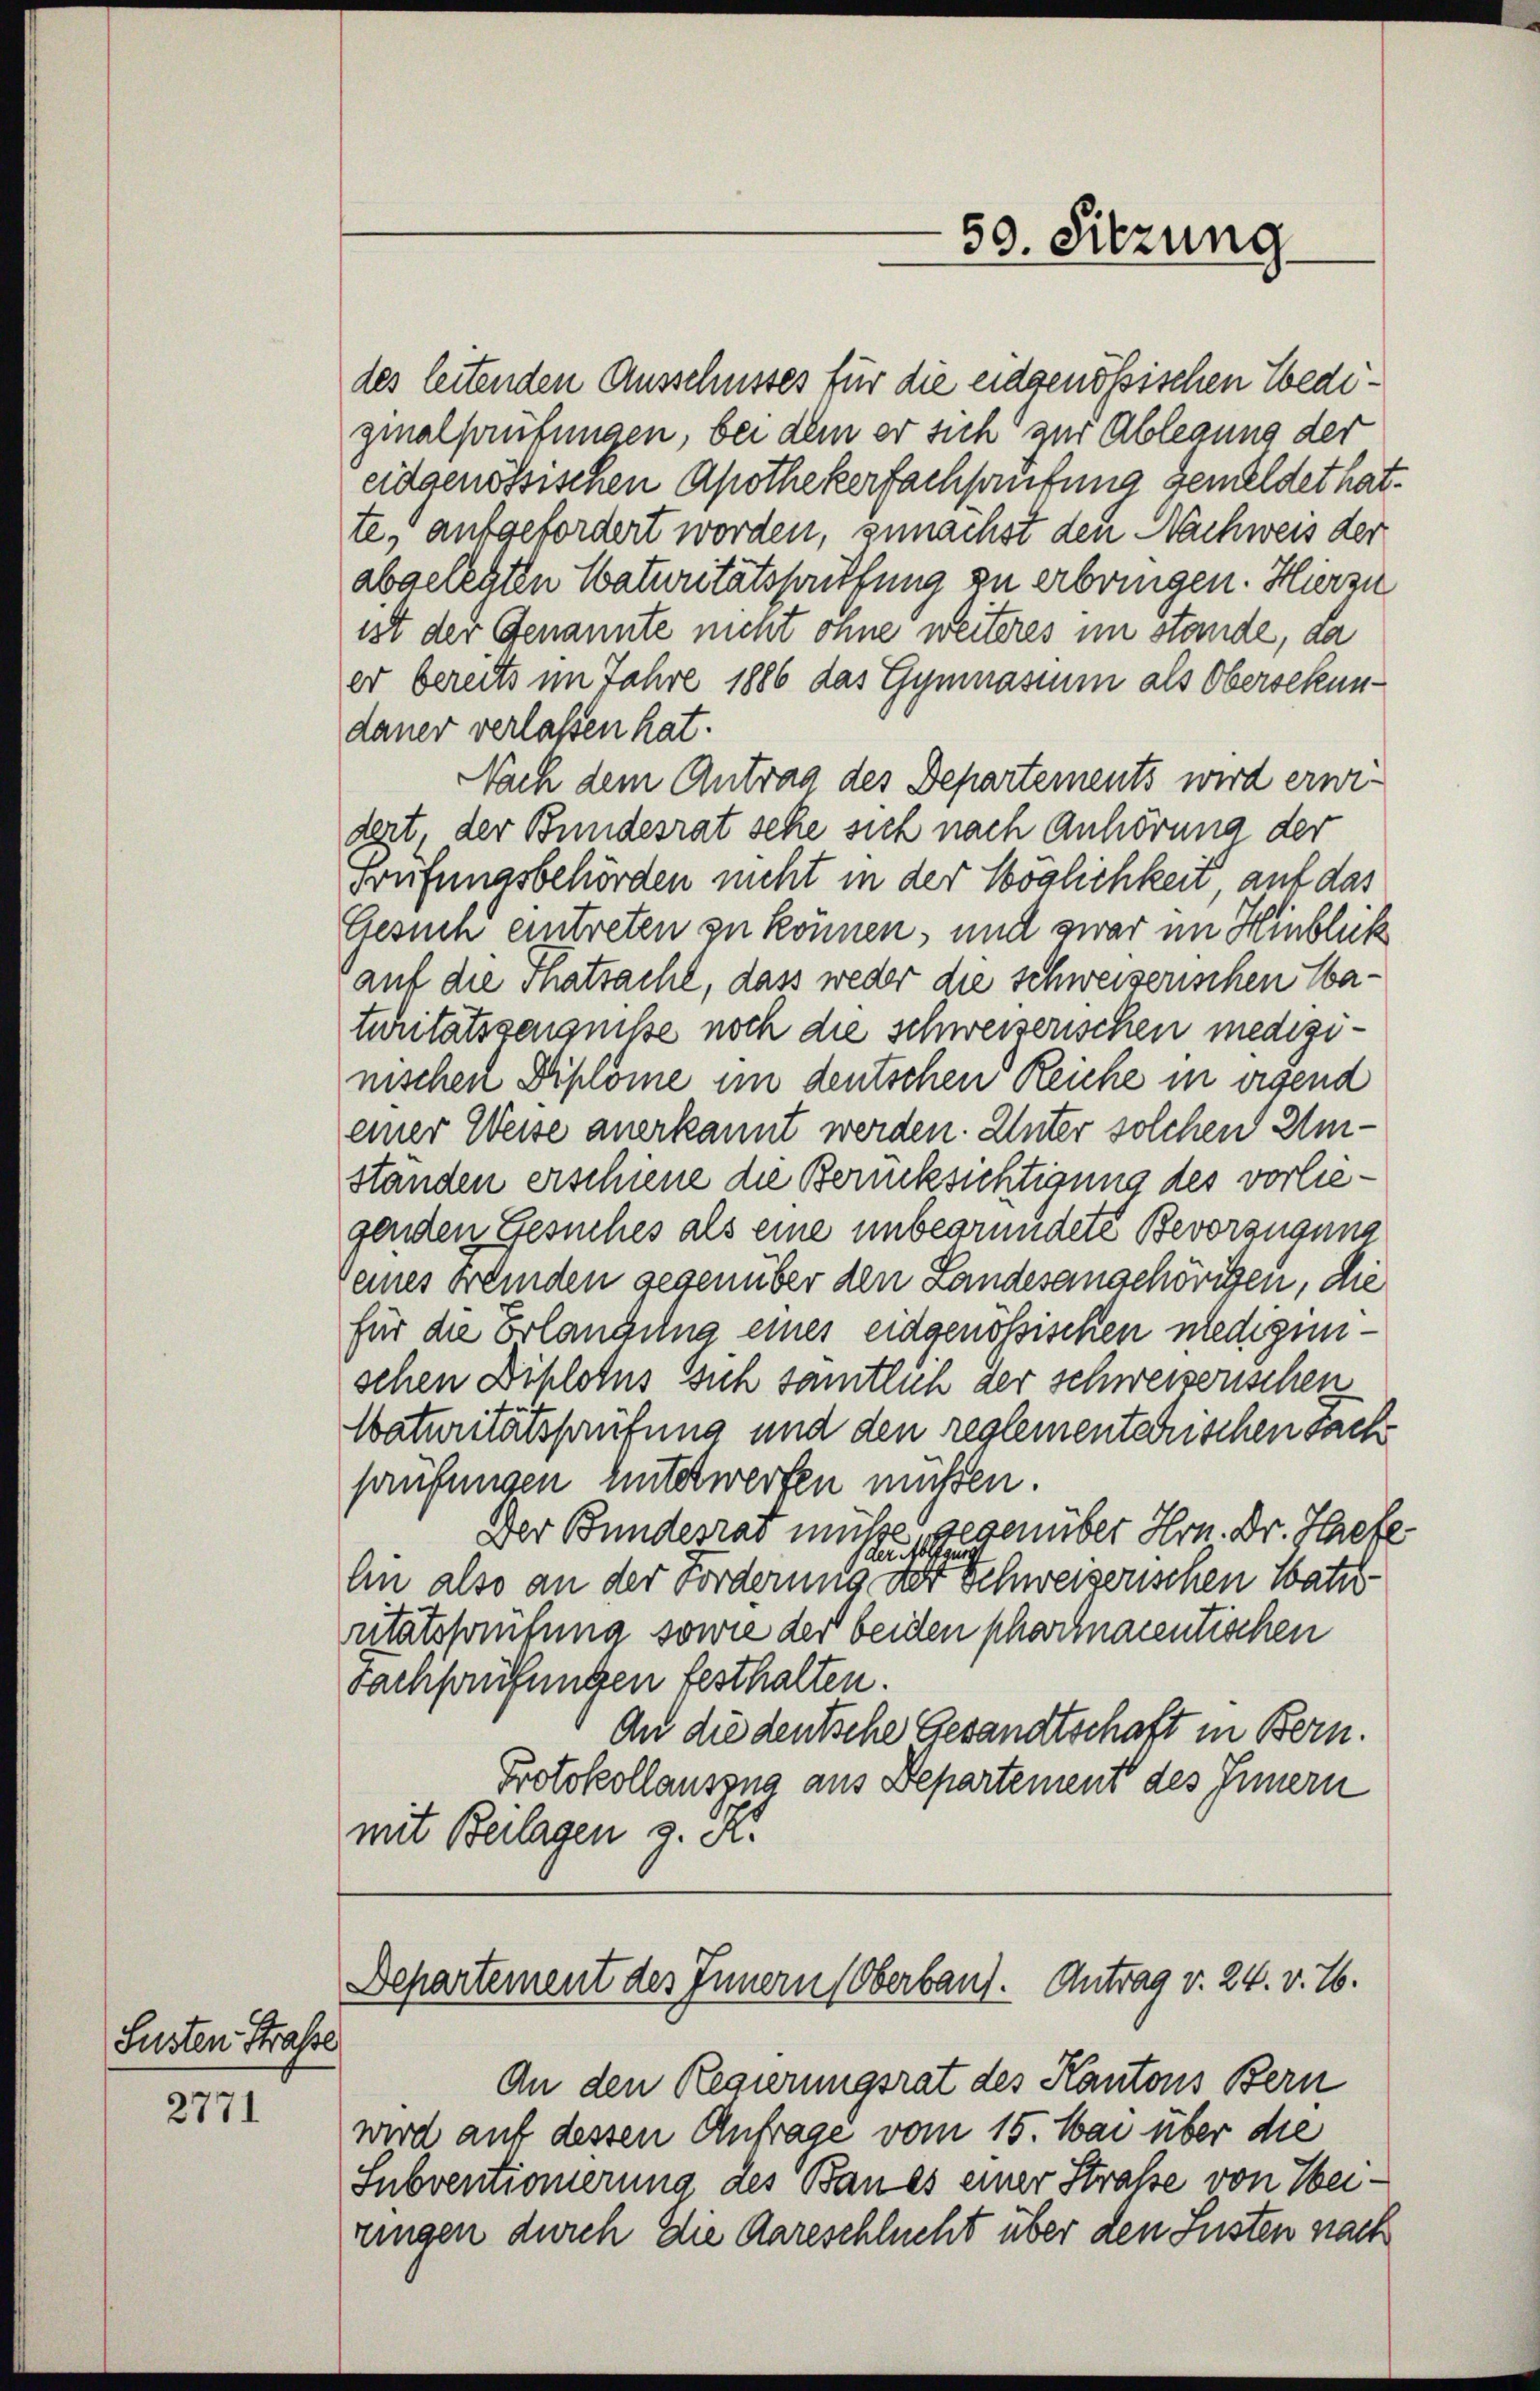
Susten Strasse

2771

des leitenden Ausschusses für die eidgenössischen Wediginalhaufungen, bei dem er sich zur Ablegung der
eidgenössischen Apothekerfachsaufung gemeldet hat.
te, aufgefordert worden, zunächst den Nachweis der
abgelegten Waturitätspriffung zu erbringen. Hierzu
ist der Genannte nicht ohne weiteres im stande, da
er bereits im Jahre 1886 das Gymnasium als Obersekundauer verlassen hat.
Nach dem Antrag des Departements wird ernedert, der Bundesrat sehe sich nach Anhörung der
Prüfungsbehörden nicht in der Möglichkeit, auf das
Gesinn eintreten zu können, und zwar im Hinblick
auf die Thatsache, dass weder die schweizerischen Caturitätszeugnisse noch die schweizerischen medizinischen Diplome im deutschen Reiche in eigend
einer Weise anerkannt werden. Unter solchen Umstanden erschiene die Berücksichtigung des vorliegenden Gesuches als eine unbegründete Bevorzugung
Deines Fremden gegenüber den Landesangehörigen, die
für die Erlangung eines eidgenössischen miedigunschen Diplotus sich samtlich der schweizerischen
Waturitätsprüfung und den reglementarischen Sach
prüfungen unterwerfen müssen.
Der Bundesrat müße gegenüber Hrn. Dr. Jaefe
An also an der Forderung der Schweiserischen Natur
ritätsprüfung sowie der beiden pharmacentischen
Fachprüfungen festhalten.
An die deutsche Gesandtschaft in Bern.
Protokollauszug aus Departement des Innern
mit Beilagen z. K.

Departement des Innern (Oberbaut. Antrag v. 24. v. 26.

An den Regierungsrat des Kantons Bern
wird auf dessen Anfrage vom 15. Mai über die
Subventionierung des Baues einer Straße von Weiringen durch die Aareschlucht über den Susten nach

50. Sitzung